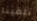
تلقينا